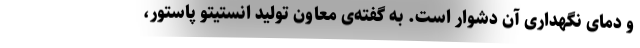
و دمای نگهداری آن دشوار است. به گفته‌ی معاون تولید انستیتو پاستور،